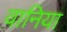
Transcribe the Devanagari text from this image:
वानिया